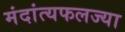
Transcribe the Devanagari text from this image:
मंदांत्यफलज्या